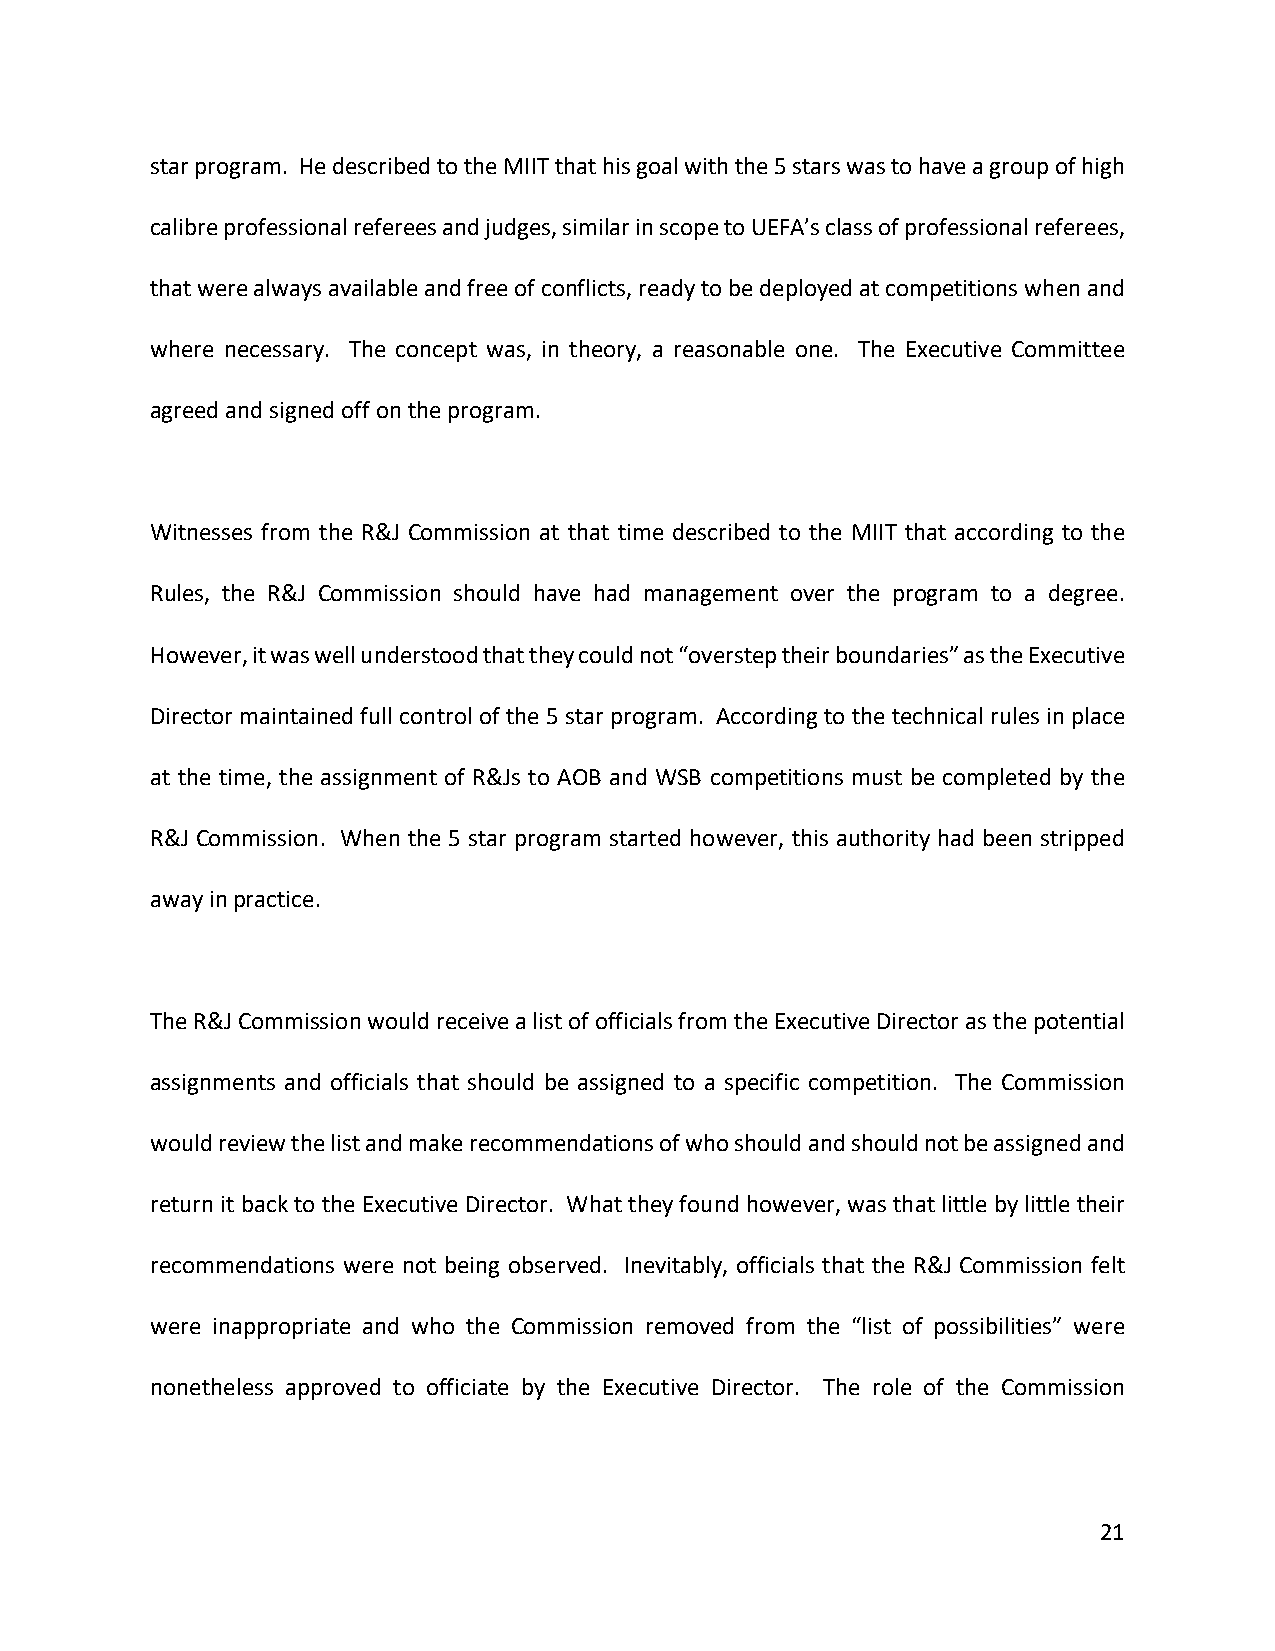
star program. He described to the MIIT that his goal with the 5 stars was to have a group of high
 calibre professional referees and judges, similar in scope to UEFA’s class of professional referees,
 that were always available and free of conflicts, ready to be deployed at competitions when and
 where necessary. The concept was, in theory, a reasonable one. The Executive Committee
 agreed and signed off on the program.
 Witnesses from the R&J Commission at that time described to the MIIT that according to the
 Rules, the R&J Commission should have had management over the program to a degree.
 However, it was well understood that they could not “overstep their boundaries” as the Executive
 Director maintained full control of the 5 star program. According to the technical rules in place
 at the time, the assignment of R&Js to AOB and WSB competitions must be completed by the
 R&J Commission. When the 5 star program started however, this authority had been stripped
 away in practice.
 The R&J Commission would receive a list of officials from the Executive Director as the potential
 assignments and officials that should be assigned to a specific competition. The Commission
 would review the list and make recommendations of who should and should not be assigned and
 return it back to the Executive Director. What they found however, was that little by little their
 recommendations were not being observed. Inevitably, officials that the R&J Commission felt
 were inappropriate and who the Commission removed from the “list of possibilities” were
 nonetheless approved to officiate by the Executive Director. The role of the Commission
 21